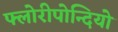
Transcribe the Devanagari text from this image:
फ्लोरीपोन्दियो